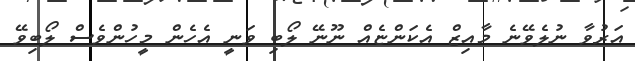
އަރުވާ ނުލެވޭނެ މާއިޒް އެކަންޏެއް ނޫނޭ ލޯބި ވަނީ އެހެން މީހުންވެސް ލޯބިވޭ